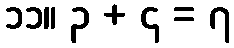
၁၁။ ၃ + ၄ = ၇